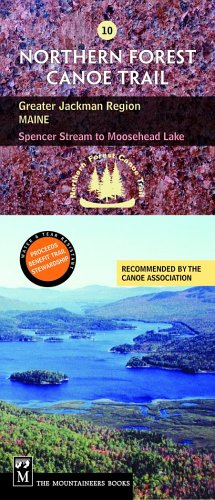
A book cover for Northern Forest Canoe Trail Section 10: Greater Jackman: Maine, Spencer Stream to Moosehead Lake (Northern Forest Canoe Trail Maps); Travel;